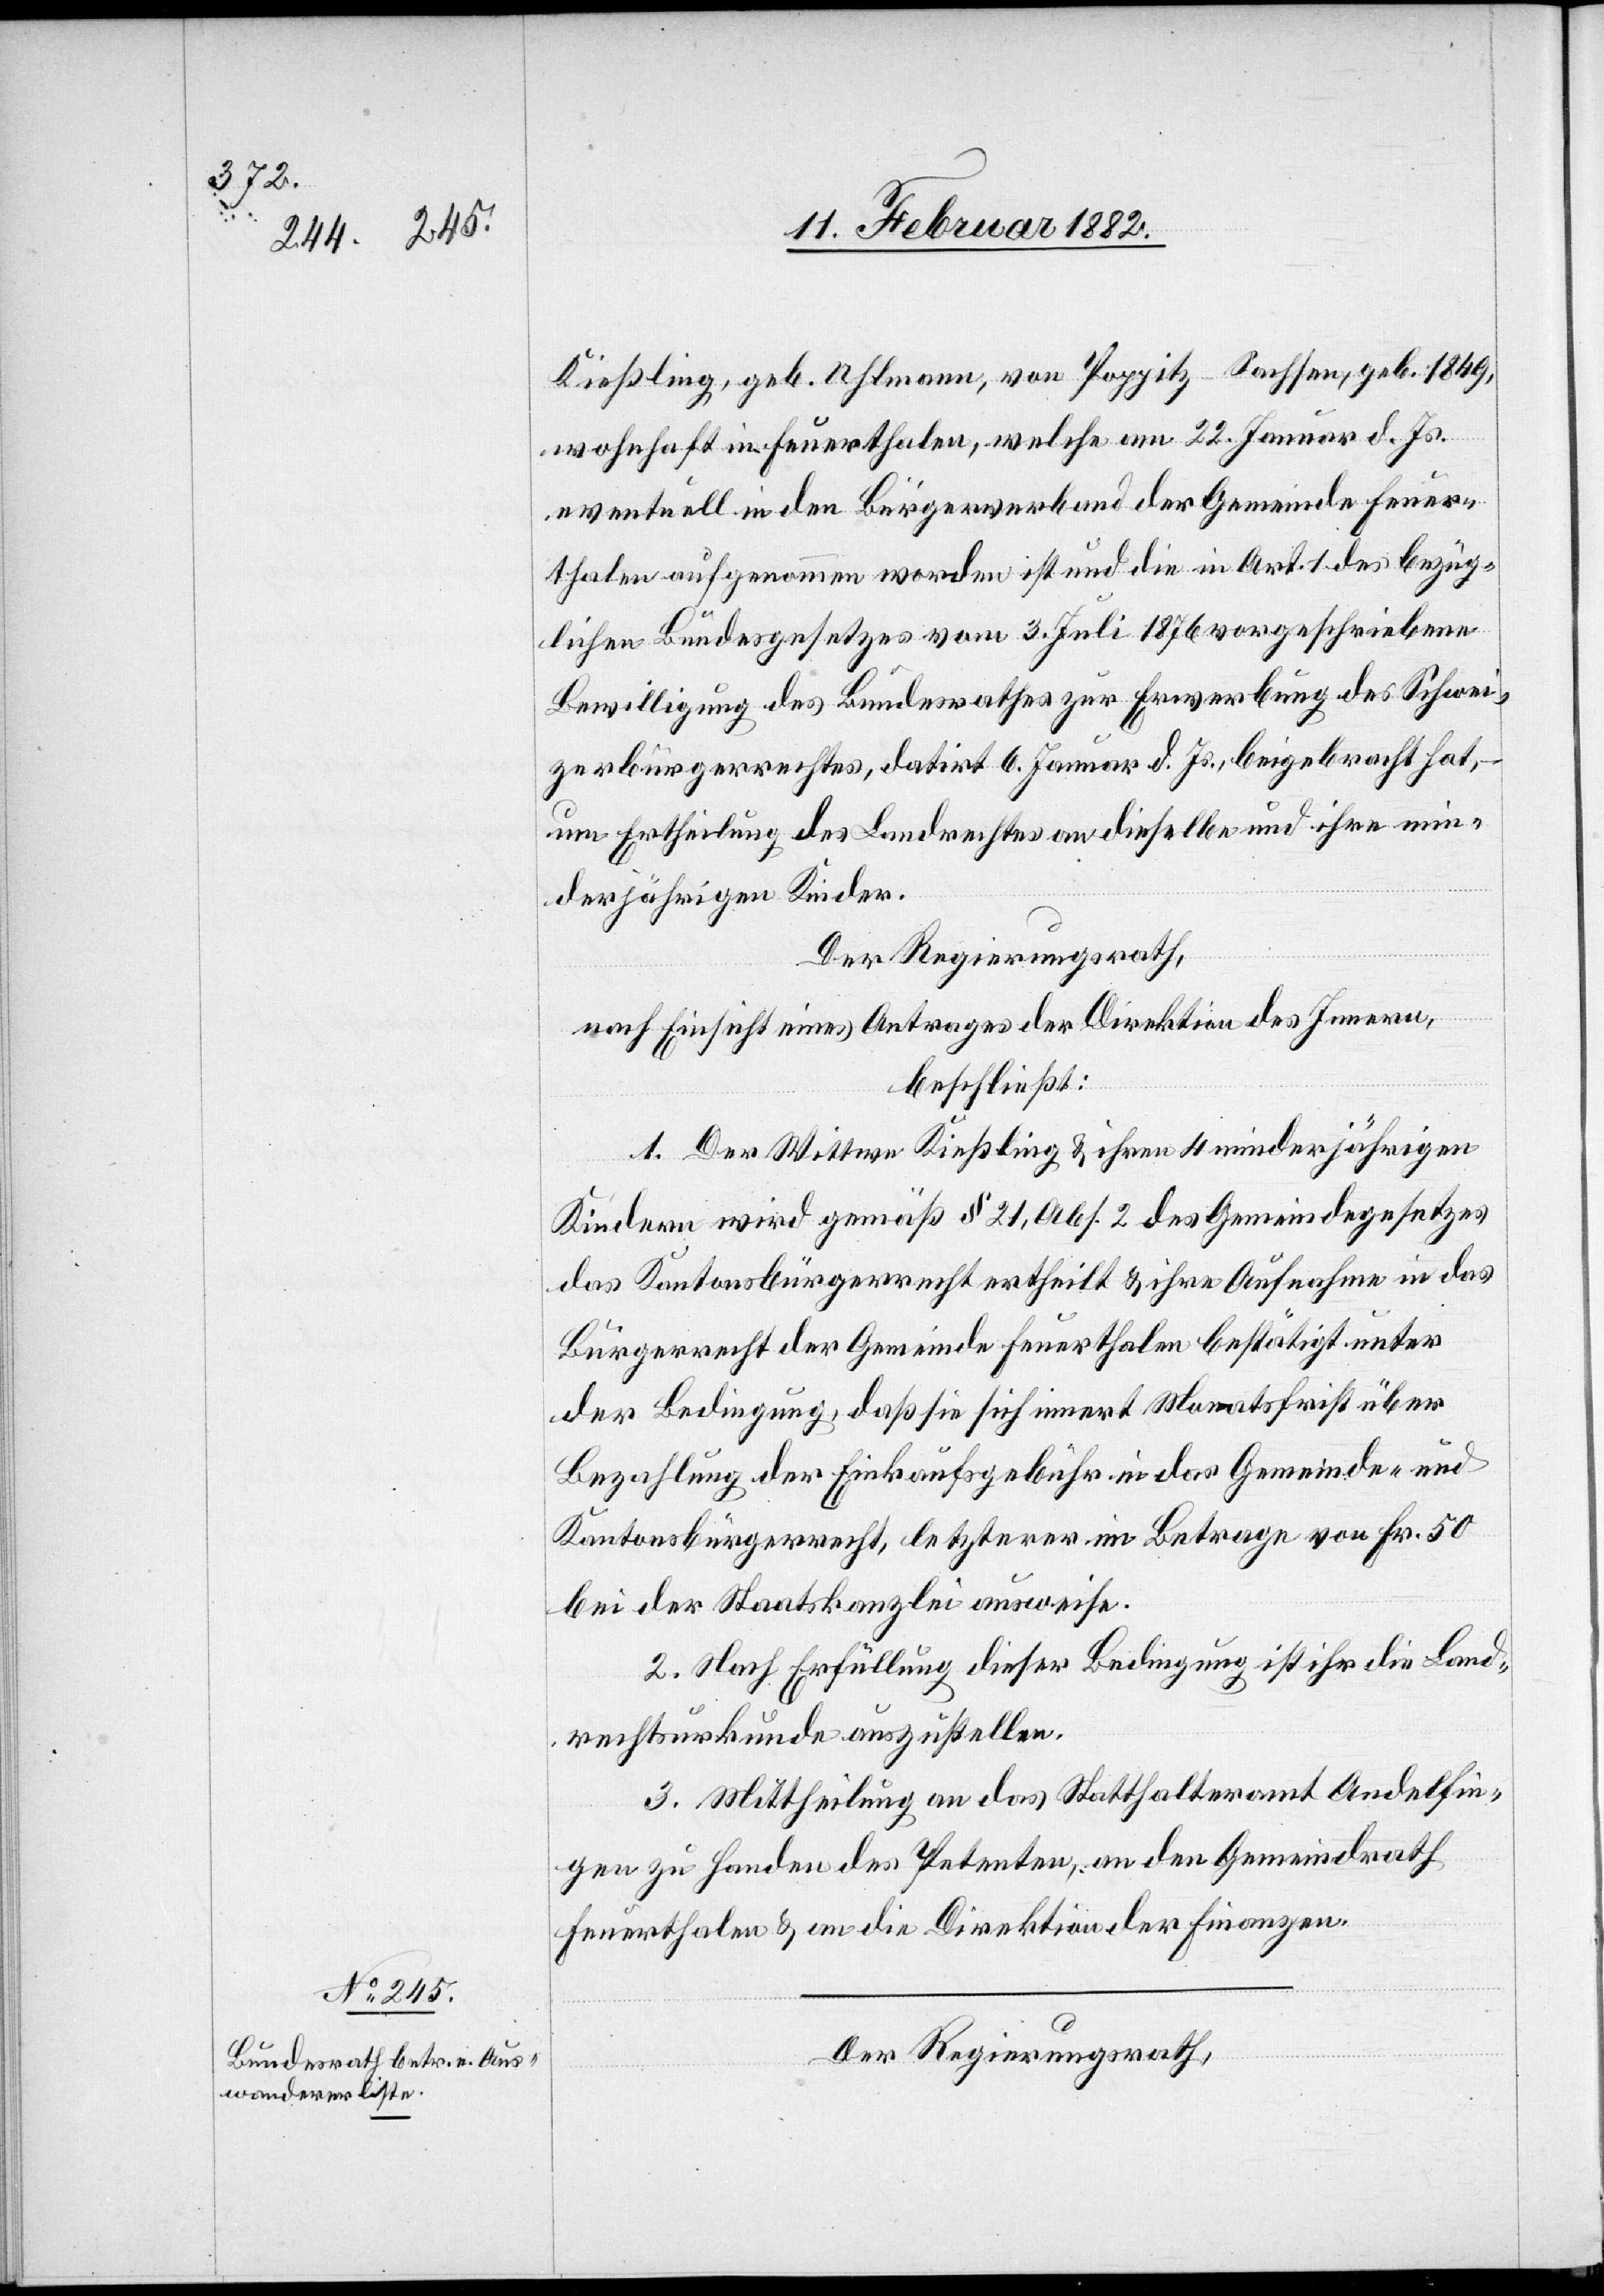
Kießling, geb. Uhlmann, von Poppitz - Sachsen, geb. 1849,
wohnhaft in Feuerthalen, welche am 22. Januar d. Js.
eventuell in den Bürgerverband der Gemeinde Feuer¬
thalen aufgenommen worden ist und die in Art. 1 des bezüg¬
lichen Bundesgesetzes vom 3. Juli 1876 vorgeschriebene
Bewilligung des Bundesrathes zur Erwerbung des Schwei¬
zerbürgerrechtes, datirt 6. Januar d. Js. , beigebracht hat,
um Ertheilung des Landrechtes an dieselbe und ihre min¬
derjährigen Kindern.
Der Regierungsrath,
nach Einsicht eines Antrages der Direktion des Innern,
beschließt:
1. Der Wittwe Kießling & ihren 4 minderjährigen
Kindern wird gemäß § 21. Abs. 2 des Gemeindegesetzes
das Kantonsbürgerrecht ertheilt & ihre Aufnahme in das
Bürgerrecht der Gemeinde Feuerthalen bestätigt unter
der Bedingung, daß sie sich innert Monatsfrist über
Bezahlung der Einkaufsgebühr in das Gemeinde- und
Kantonsbürgerrecht, letztere im Betrage von Fr. 50
bei der Staatskanzlei ausweise.
2. Nach Erfüllung dieser Bedingung ist ihr die Land¬
rechtsurkunde auszustellen.
3. Mittheilung an das Statthalteramt Andelfin¬
gen, zu Handen des Petenten, an den Gemeindrath
Feuerthalen & an die Direktion der Finanzen.
Der Regierungsrath